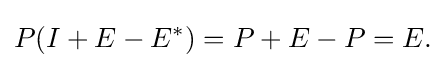
\displaystyle {P(I+E-E^{*})=P+E-P=E.}